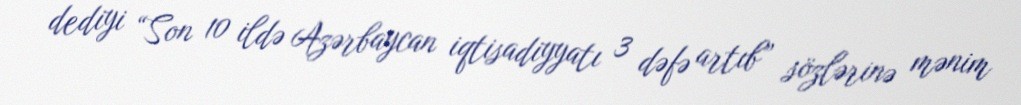
dediyi “Son 10 ildə Azərbaycan iqtisadiyyatı 3 dəfə artıb” sözlərinə mənim